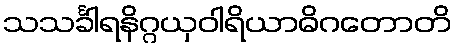
သသင်္ခါရနိဂ္ဂယှဝါရိယာဓိဂတောတိ